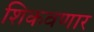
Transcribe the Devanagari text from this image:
शिकवणार